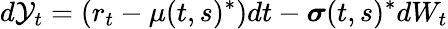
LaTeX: d\mathcal{Y}_{t}=\left(r_{t}-\mu(t,s)^{*}\right)dt-{\boldsymbol{\sigma}}(t,s)^{*}dW_{t}